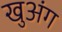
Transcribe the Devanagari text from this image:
खुअंग